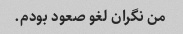
من نگران لغو صعود بودم.